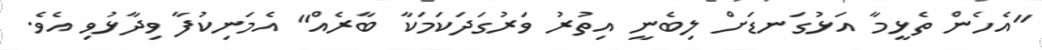
"އެހެން ތެޅީމާ އަޅުގަނޑަށް ލިބެނީ އިތުރު ވަރުގަދަކަމަކާ ބާރެއް" އެމަނިކުފާ ވިދާޅުވި އެވެ.